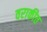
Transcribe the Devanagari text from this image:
वराकीत